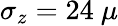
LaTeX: \sigma_{z}=24~\mu